Vaccine operations Central Provinces 1868-1885 - 1868-1885
Year: 1868
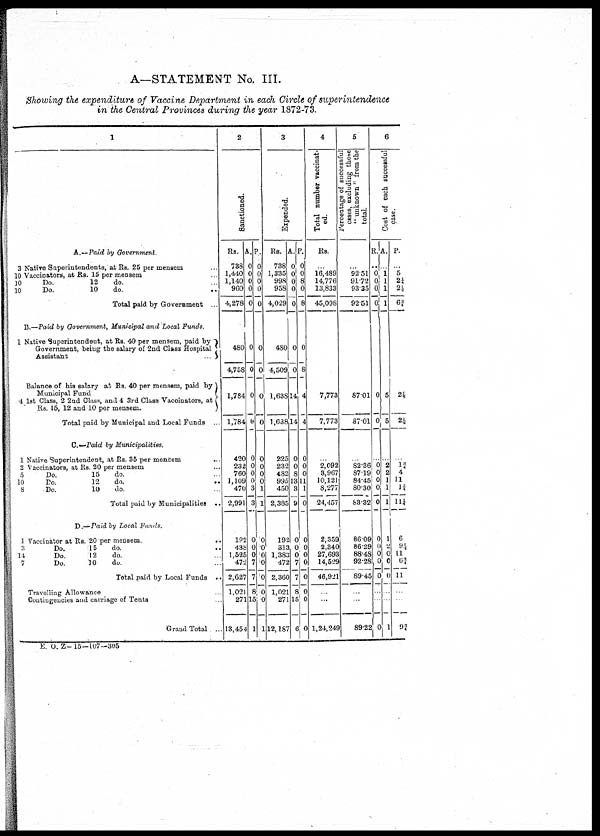
A—STATEMENT No. III.
Showing the expenditure of Vaccine Department in each Circle of superintendence
in the Central Provinces during the year 1872-73.
1
A.—Paid by Government.
3 Native Superintendents, at Rs. 25 per mensem .
10 Vaccinators, at Rs. 15 per mensem .
]0
Do.
12
do. ...
10
Do.
10
do
..
Total paid by Government .
B.—Paid by Government, Municipal and Local Funds
1 Native Superintendent, at Rs. 40 per mensem, paid by
Government, being the salary of 2nd Class Hospital
Assistant
Balance of his salary at Rs. 40 per mensem, paid by
Municipal Fund
4 1st Class, 2 2nd Class, and 4 3rd Class Vaccinators, at
Rs. 15, 12 and 10 per mensem.
Total paid by Municipal and Local Funds ...
C—Paid by Municipalities.
1 Native Superintendent, at Rs. 35 per mensem
..
2 Vaccinators, at Rs. 20 per mensem ...
10
Do.
12
do.
..
8
Do.
10
do ...
Total paid by Municipalities ..
D.—Paid by Local Funds.
1 Vaccinator at Rs 20 per mensem ...
3
Do
15
do
...
14
Do.
12
do. ...
7
Do.
10
do
Total paid by Local Funds ..
Travelling Allowance
Contingencies and carriage of Tents
Grand Total ..
2
Sanctioned.
Rs.
738
1,440
1,140
960
4,278
480
4,758
1,784
1,784
420
232
760
1,109
470
2,991
192
438
1,525
47.2
2,627
1,021
271
13,454
A.
0
0
0
0
0
0
0
0
0
0
0
0
0
3
3
0
0 0
7
7
8
15
1
P.
0
0
0
0
0
0
0
0
0
0
0
0 0
1
1
0
0
0
0
0
0
0
1
3
Expended.
Rs.
738
1,335
998
958
4,029
480
4,509
1,638
1,638
225
232
482
995
450
2,385
192
313
1,383
472
2,360
1,021
271
12,187
A.
0
0
0
0
0
0
0
14
14
0
0
8
13
3
9
0
0
0
7
7
8
15
6
P.
0
0
8
0
8
0
8
4
4
0
0
0
11
1
0
0
0
0
0
0
0
0
0
4
Total number vaccinat-
ed.
Rs.
...
16,489
14,776
13,833
45,098
7,773
7,773
..
2,092
3,967
10,121
8,277
24,457
2,359
2,340
27,693
14,529
46,921
...
1,24,249
5
Percentage of successful
csses, excluding those
" unknown " from the
total.
...
92.51
91.72
93.35
92.51
87.01
87.01
82.36
87.19
84.45
80.30
83.32
86.09
86.29
88.48
92.28
89.45
89.22
6
Cost of each successful
case.
R.
...
0
0
0
0
0
0
0
0
0
0
0
0
0
0
0
0
0
A.
1
1
1
1
5
5
2
2
1
1
1
1
2
0
0 0
1
P.
...
5
2¼
2½
6 ¾
2½
2½
1¾
4
11
1¾
11¼
6
9½
11
6¼
11
9¼
E. O. Z- 15—107—305